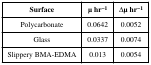
| Surface | μ hr−1 | Δμ hr−1 |
 | --- | --- | --- |
 | Polycarbonate | 0.0642 | 0.0052 |
 | Glass | 0.0337 | 0.0074 |
 | Slippery BMA-EDMA | 0.013 | 0.0054 |